Civil Veterinary Department Bihar & Orissa reports 1922-29 - 1922-1929
Year: 1922
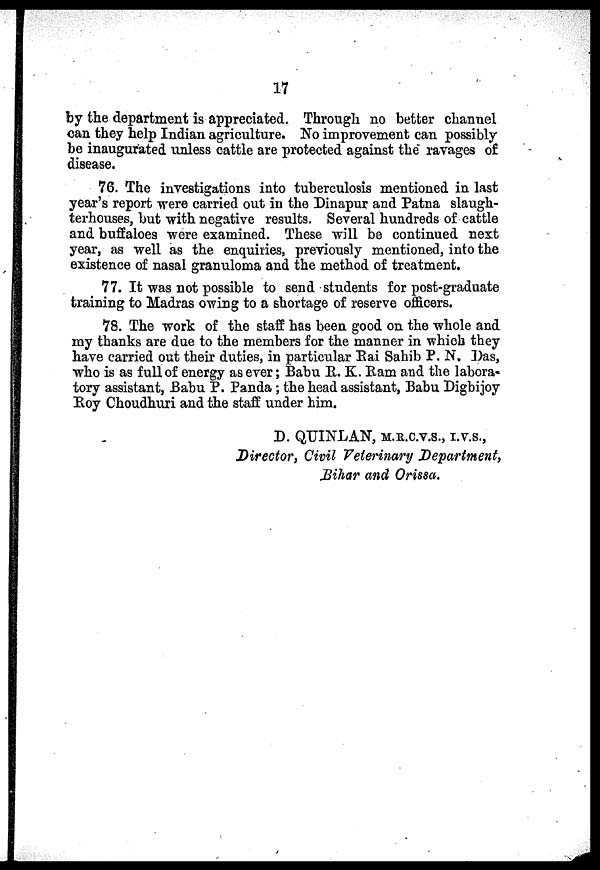
17
by the department is appreciated. Through no better channel
can they help Indian agriculture. No improvement can possibly
be inaugurated unless cattle are protected against the ravages of
disease.
76. The investigations into tuberculosis mentioned in last
year's report were carried out in the Dinapur and Patna slaugh-
terhouses, but with negative results. Several hundreds of cattle
and buffaloes were examined. These will be continued next
year, as well as the enquiries, previously mentioned, into the
existence of nasal granuloma and the method of treatment.
77. It was not possible to send students for post-graduate
training to Madras owing to a shortage of reserve officers.
78. The work of the staff has been good on the whole and
my thanks are due to the members for the manner in which they
have carried out their duties, in particular Rai Sahib P. N. ])as,
who is as full of energy as ever; Babu B. K. Ram and the labora-
tory assistant, Babu P. Panda; the head assistant, Babu Digbijoy
Boy Choudhuri and the staff under him.
D. QUINLAN, M.R.C.V.S., I.V.S.,
Director, Civil Veterinary Department,
Bihar and Orrisa,